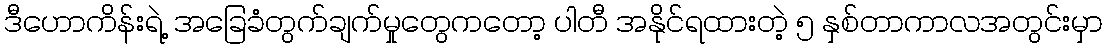
ဒီဟောကိန်းရဲ့ အခြေခံတွက်ချက်မှုတွေကတော့ ပါတီ အနိုင်ရထားတဲ့ ၅ နှစ်တာကာလအတွင်းမှာ